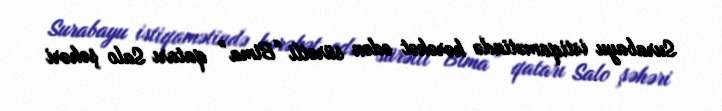
Surabayu istiqamətində hərəkət edən sürətli “Bima” qatarı Salo şəhəri